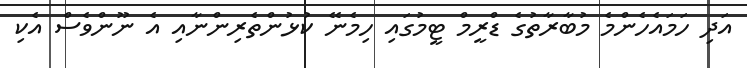
އަދި ހަމައެހެންމެ މުބާރާތުގެ ޑްރީމް ޓީމުގައި ހިމެނޭ ކުޅުންތެރިންނާއި އެ ނޫންވެސް އެކި